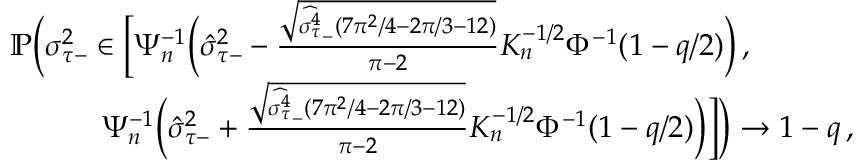
\begin{array} { r l } & { \mathbb { P } \bigg ( \sigma _ { \tau - } ^ { 2 } \in \bigg [ \Psi _ { n } ^ { - 1 } \Big ( \hat { \sigma } _ { \tau - } ^ { 2 } - \frac { \sqrt { \widehat { { \sigma _ { \tau } ^ { 4 } } } _ { - } ( 7 \pi ^ { 2 } / 4 - 2 \pi / 3 - 1 2 ) } } { \pi - 2 } K _ { n } ^ { - 1 / 2 } \Phi ^ { - 1 } ( 1 - q / 2 ) \Big ) \, , } \\ & { \quad \quad \quad \Psi _ { n } ^ { - 1 } \Big ( \hat { \sigma } _ { \tau - } ^ { 2 } + \frac { \sqrt { \widehat { { \sigma _ { \tau } ^ { 4 } } } _ { - } ( 7 \pi ^ { 2 } / 4 - 2 \pi / 3 - 1 2 ) } } { \pi - 2 } K _ { n } ^ { - 1 / 2 } \Phi ^ { - 1 } ( 1 - q / 2 ) \Big ) \bigg ] \bigg ) \to 1 - q \, , } \end{array}